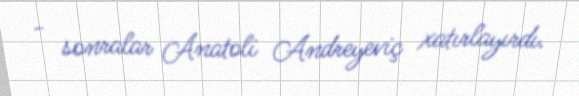
- sonralar Anatoli Andreyeviç xatırlayırdı.